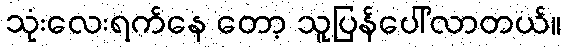
သုံးလေးရက်နေ တော့ သူပြန်ပေါ်လာတယ်။